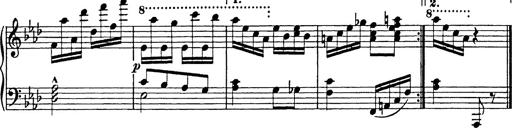
Title: 8 Variations
Composer: Franz Liszt
Key: A-flat major